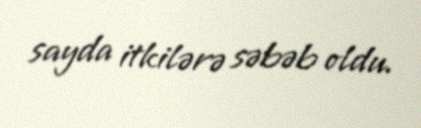
sayda itkilərə səbəb oldu.